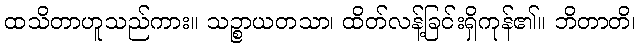
ထသိတာဟူသည်ကား။ သဉ္စာယတသာ၊ ထိတ်လန့်ခြင်းရှိကုန်၏။ ဘိတာတိ၊